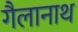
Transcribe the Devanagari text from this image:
गैलानाथ